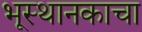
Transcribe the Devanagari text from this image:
भूस्थानकाचा